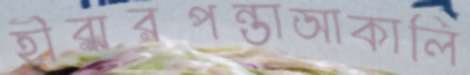
হীরারপন্তাআকালি